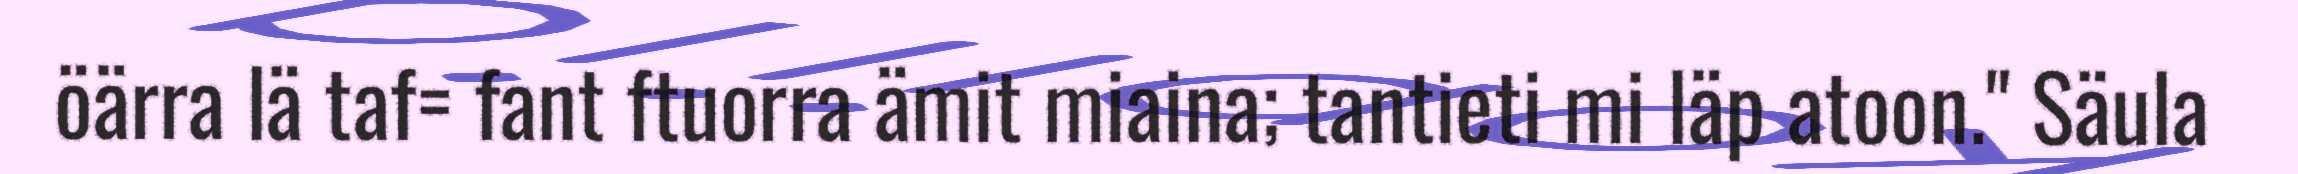
öärra lä taf= fant ftuorra ämit miaina; tantieti mi läp atoon." Säula